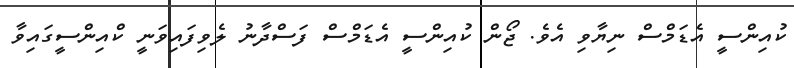
ކުއިންސީ އެޑަމްސް ނިޔާވި އެވެ. ޖޯން ކުއިންސީ އެޑަމްސް ފަސްދާނު ލެވިފައިވަނީ ކްއިންސީގައިވާ